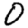
Digit: 0